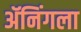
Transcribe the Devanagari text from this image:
ॲनिंगला